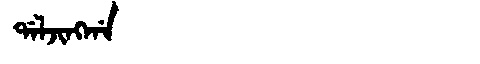
Manchu: ᡩᠠᠯᠵᡳᠩᡤᠠ
Romanization: DALJINGGA